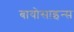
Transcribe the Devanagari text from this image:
बायोसाइन्स